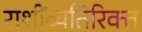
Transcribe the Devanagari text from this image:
राशींव्यतिरिक्त